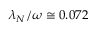
\lambda _ { N } / \omega \cong 0 . 0 7 2